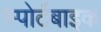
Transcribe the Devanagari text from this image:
स्पोर्टबाइक